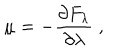
\mu = - \frac { \partial F _ { \lambda } } { \partial \lambda } \; ,